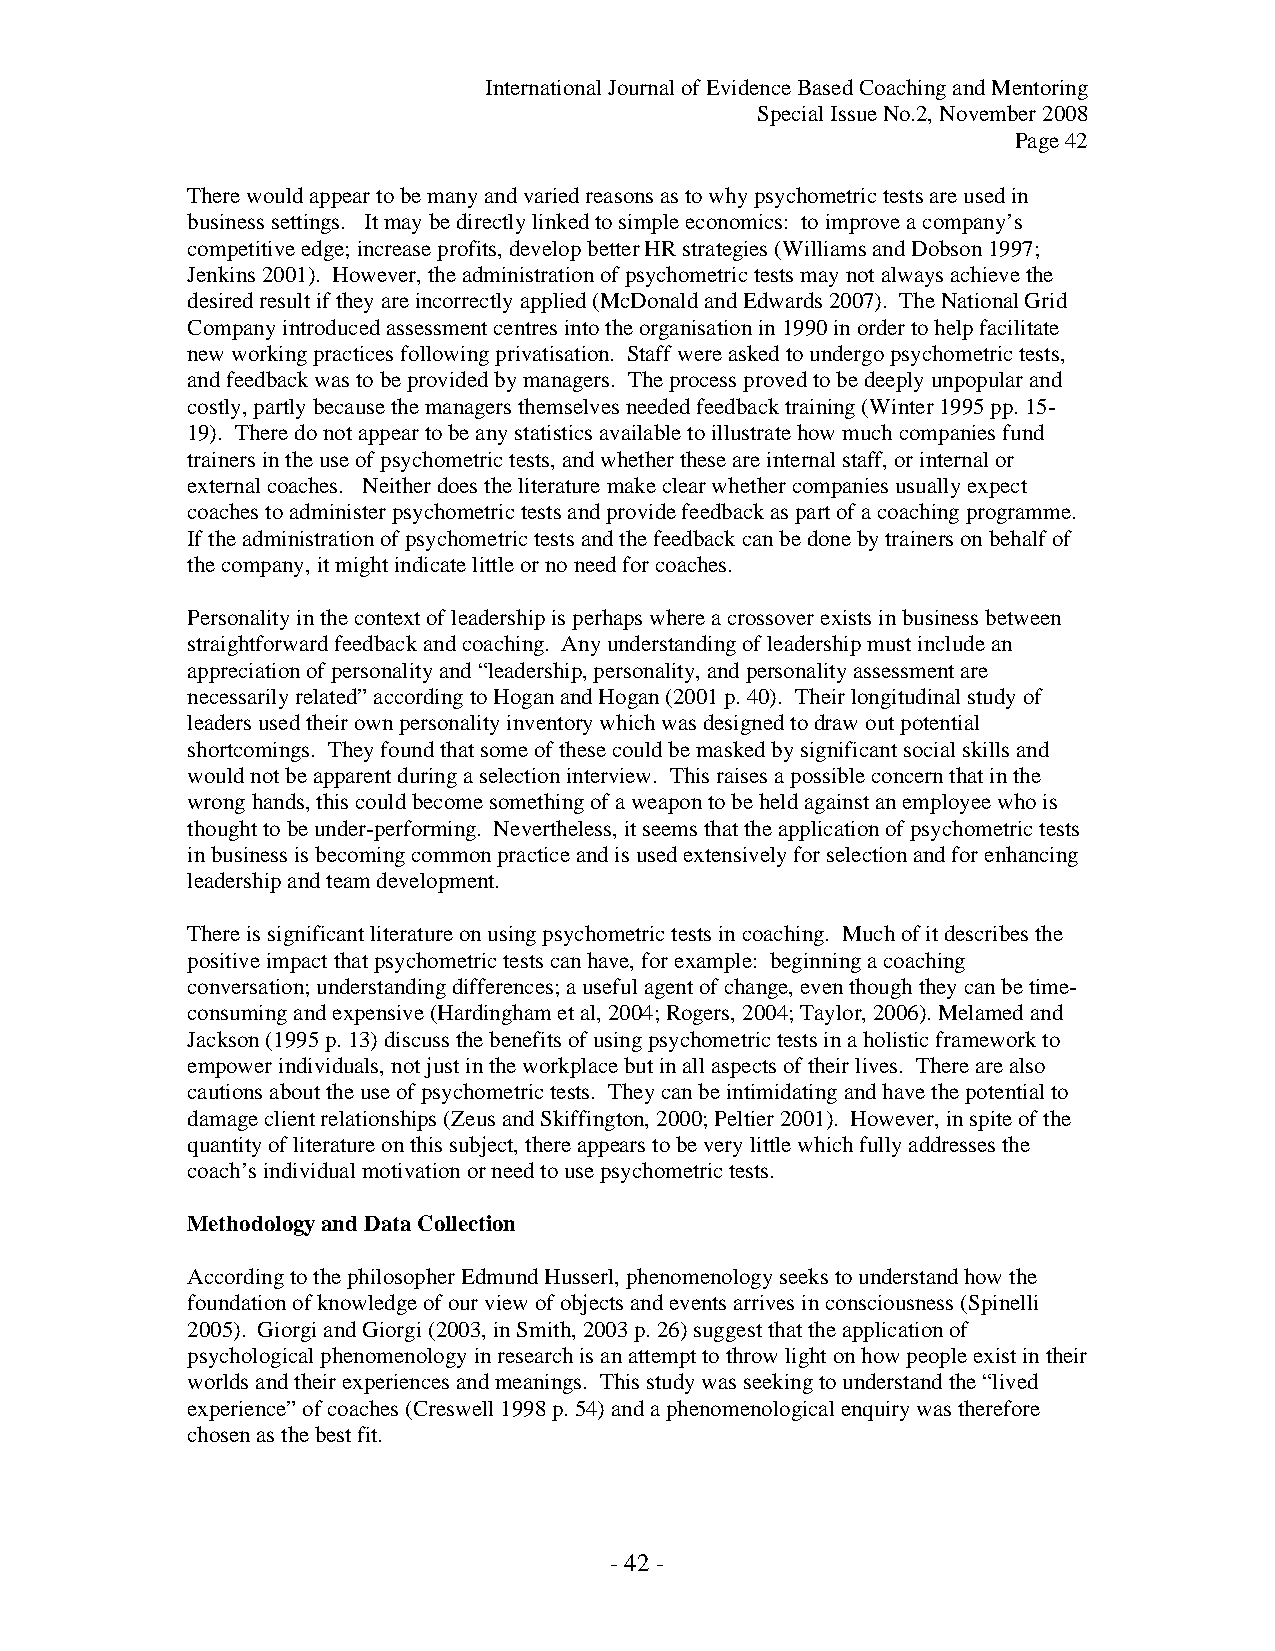
International Journal of Evidence Based Coaching and Mentoring
 Special Issue No.2, November 2008
 Page 42
 There would appear to be many and varied reasons as to why psychometric tests are used in
 business settings. It may be directly linked to simple economics: to improve a company’s
 competitive edge; increase profits, develop better HR strategies (Williams and Dobson 1997;
 Jenkins 2001). However, the administration of psychometric tests may not always achieve the
 desired result if they are incorrectly applied (McDonald and Edwards 2007). The National Grid
 Company introduced assessment centres into the organisation in 1990 in order to help facilitate
 new working practices following privatisation. Staff were asked to undergo psychometric tests,
 and feedback was to be provided by managers. The process proved to be deeply unpopular and
 costly, partly because the managers themselves needed feedback training (Winter 1995 pp. 15-
 19). There do not appear to be any statistics available to illustrate how much companies fund
 trainers in the use of psychometric tests, and whether these are internal staff, or internal or
 external coaches. Neither does the literature make clear whether companies usually expect
 coaches to administer psychometric tests and provide feedback as part of a coaching programme.
 If the administration of psychometric tests and the feedback can be done by trainers on behalf of
 the company, it might indicate little or no need for coaches.
 Personality in the context of leadership is perhaps where a crossover exists in business between
 straightforward feedback and coaching. Any understanding of leadership must include an
 appreciation of personality and “leadership, personality, and personality assessment are
 necessarily related” according to Hogan and Hogan (2001 p. 40). Their longitudinal study of
 leaders used their own personality inventory which was designed to draw out potential
 shortcomings. They found that some of these could be masked by significant social skills and
 would not be apparent during a selection interview. This raises a possible concern that in the
 wrong hands, this could become something of a weapon to be held against an employee who is
 thought to be under-performing. Nevertheless, it seems that the application of psychometric tests
 in business is becoming common practice and is used extensively for selection and for enhancing
 leadership and team development.
 There is significant literature on using psychometric tests in coaching. Much of it describes the
 positive impact that psychometric tests can have, for example: beginning a coaching
 conversation; understanding differences; a useful agent of change, even though they can be time-
 consuming and expensive (Hardingham et al, 2004; Rogers, 2004; Taylor, 2006). Melamed and
 Jackson (1995 p. 13) discuss the benefits of using psychometric tests in a holistic framework to
 empower individuals, not just in the workplace but in all aspects of their lives. There are also
 cautions about the use of psychometric tests. They can be intimidating and have the potential to
 damage client relationships (Zeus and Skiffington, 2000; Peltier 2001). However, in spite of the
 quantity of literature on this subject, there appears to be very little which fully addresses the
 coach’s individual motivation or need to use psychometric tests.
 Methodology and Data Collection
 According to the philosopher Edmund Husserl, phenomenology seeks to understand how the
 foundation of knowledge of our view of objects and events arrives in consciousness (Spinelli
 2005). Giorgi and Giorgi (2003, in Smith, 2003 p. 26) suggest that the application of
 psychological phenomenology in research is an attempt to throw light on how people exist in their
 worlds and their experiences and meanings. This study was seeking to understand the “lived
 experience” of coaches (Creswell 1998 p. 54) and a phenomenological enquiry was therefore
 chosen as the best fit.
 - 42 -